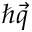
\hbar \vec { q }